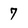
Character: 7